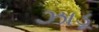
ઝાડૂ